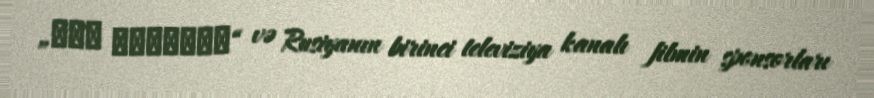
„РИА Новости“ və Rusiyanın birinci televiziya kanalı filmin sponsorları